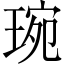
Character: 琬